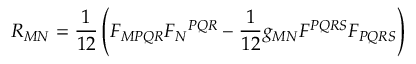
R _ { M N } = \frac { 1 } { 1 2 } \left( F _ { M P Q R } F _ { N } { } ^ { P Q R } - \frac { 1 } { 1 2 } g _ { M N } F ^ { P Q R S } F _ { P Q R S } \right)